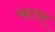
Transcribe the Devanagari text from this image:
म्हटल